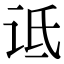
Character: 诋